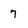
Character: 7